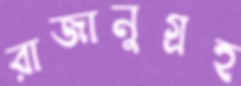
রাজানুগ্রহ